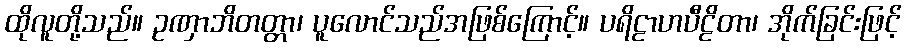
ထိုလူတို့သည်။ ဥဏှာဘိတတ္တာ၊ ပူလောင်သည်အဖြစ်ကြောင့်။ ပရိဠာဟပီဠိတာ၊ အိုက်ခြင်းဖြင့်